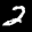
Label: 2